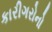
કારીગરોનો